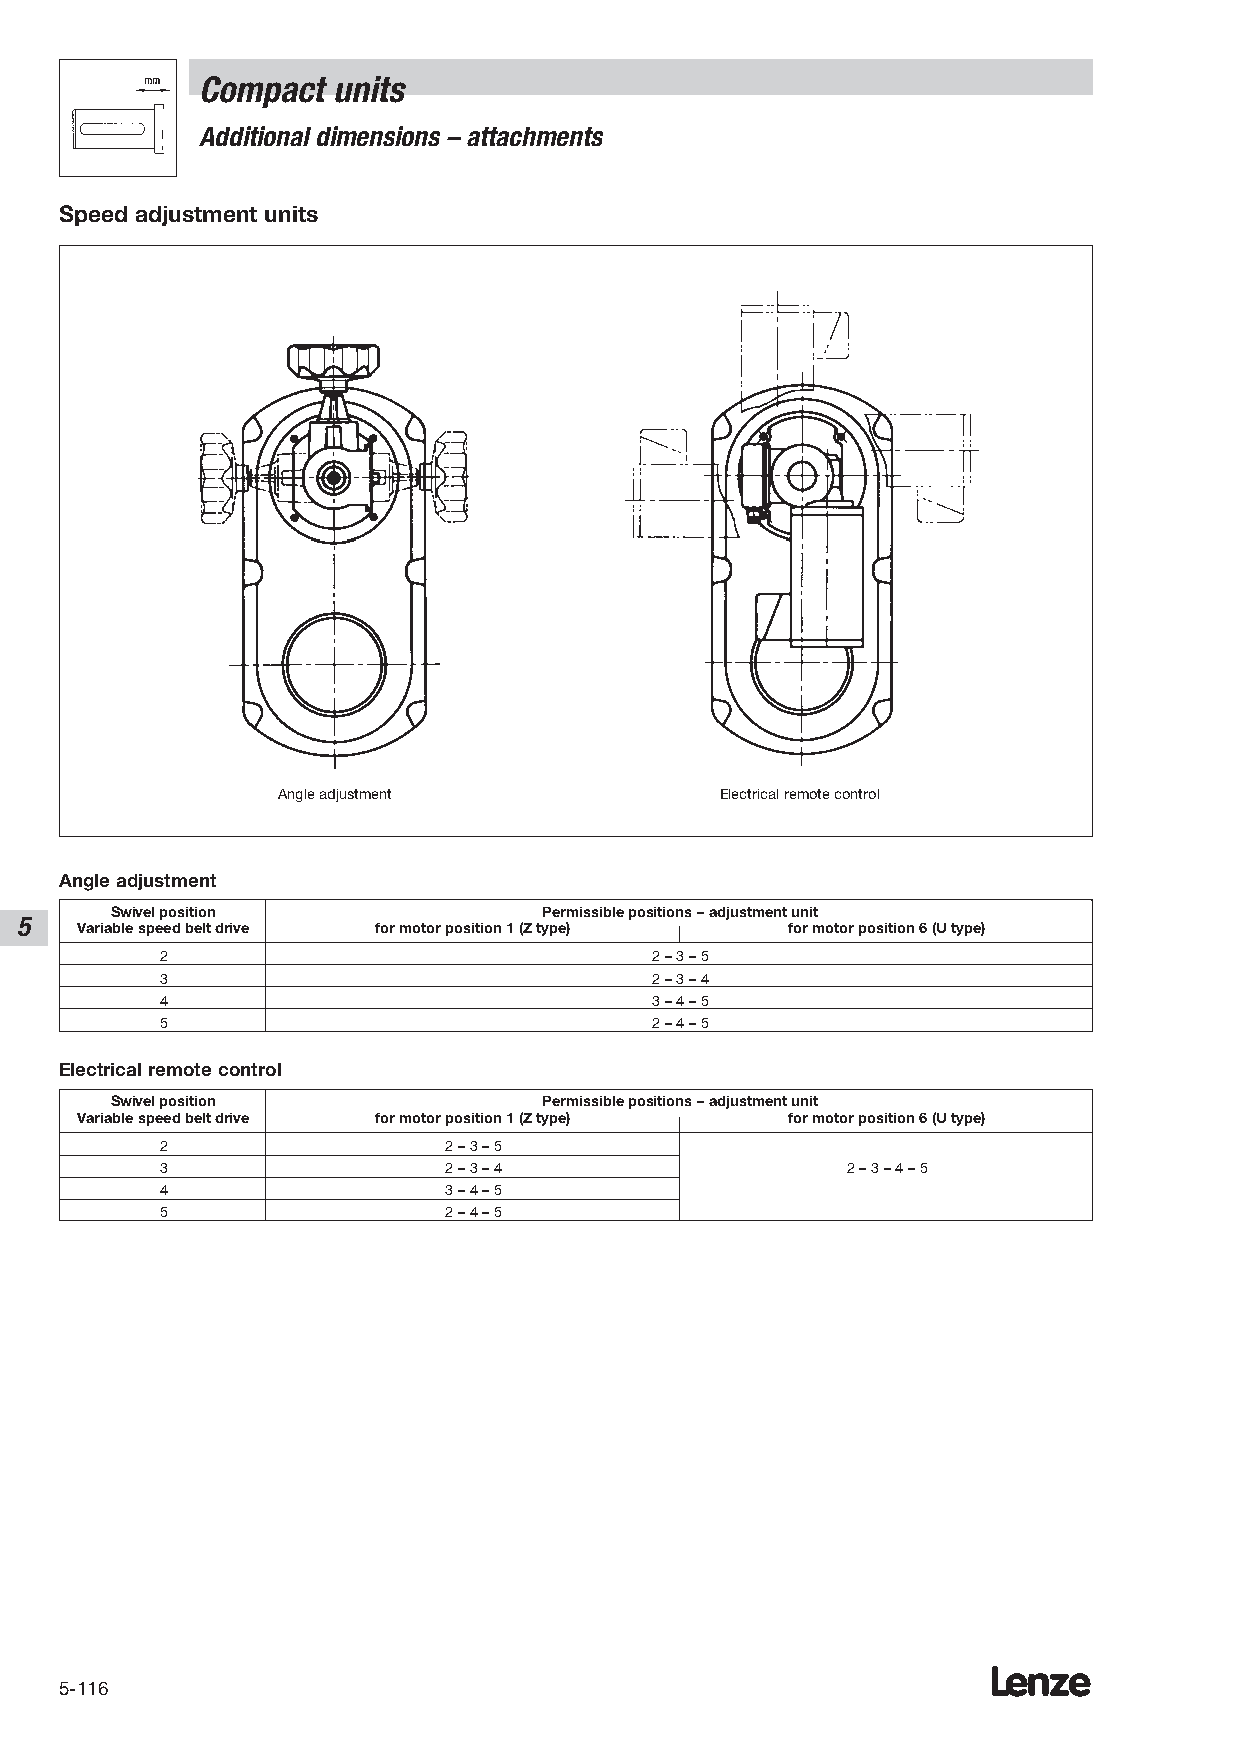
Compact  units
 Additional dimensions – attachments
 Speed adjustment units
 Angle adjustment              Electrical remote control
 Angle adjustment
 Swivel position              Permissible positions – adjustment unit
 5
 Variable speed belt drive for motor position 1 (Z type) for motor position 6 (U type)
 2                               2 – 3 – 5
 3                               2 – 3 – 4
 4                               3 – 4 – 5
 5                               2 – 4 – 5
 Electrical remote control
 Swivel position              Permissible positions – adjustment unit
 Variable speed belt drive for motor position 1 (Z type) for motor position 6 (U type)
 2                 2 – 3 – 5
 3                 2 – 3 – 4                  2 – 3 – 4 – 5
 4                 3 – 4 – 5
 5                 2 – 4 – 5
 Lenze
 5-116